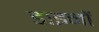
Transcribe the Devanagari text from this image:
डाइनों